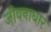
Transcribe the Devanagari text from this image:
जीवनाधार